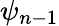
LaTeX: \psi_{n-1}